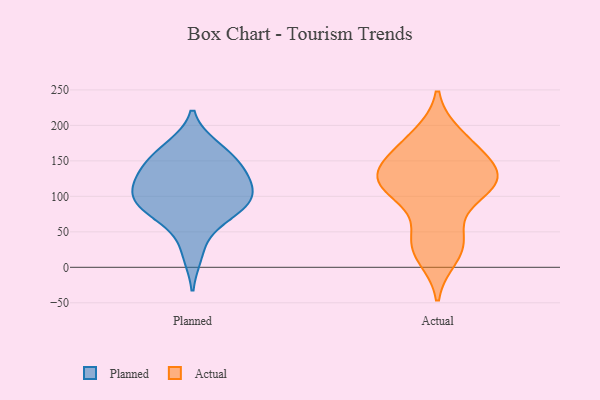
{"axis": {"x": "Temperature (°C)", "y": "Value"}, "legend": ["Actual", "Planned"], "data": [{"x": "", "y": 18, "type": "Planned"}, {"x": "", "y": 60, "type": "Planned"}, {"x": "", "y": 167, "type": "Planned"}, {"x": "", "y": 148, "type": "Planned"}, {"x": "", "y": 95, "type": "Planned"}, {"x": "", "y": 128, "type": "Planned"}, {"x": "", "y": 88, "type": "Planned"}, {"x": "", "y": 101, "type": "Planned"}, {"x": "", "y": 107, "type": "Planned"}, {"x": "", "y": 83, "type": "Planned"}, {"x": "", "y": 120, "type": "Planned"}, {"x": "", "y": 130, "type": "Planned"}, {"x": "", "y": 170, "type": "Planned"}, {"x": "", "y": 82, "type": "Planned"}, {"x": "", "y": 147, "type": "Planned"}, {"x": "", "y": 15, "type": "Actual"}, {"x": "", "y": 114, "type": "Actual"}, {"x": "", "y": 164, "type": "Actual"}, {"x": "", "y": 124, "type": "Actual"}, {"x": "", "y": 186, "type": "Actual"}, {"x": "", "y": 46, "type": "Actual"}, {"x": "", "y": 165, "type": "Actual"}, {"x": "", "y": 104, "type": "Actual"}, {"x": "", "y": 122, "type": "Actual"}, {"x": "", "y": 46, "type": "Actual"}, {"x": "", "y": 153, "type": "Actual"}, {"x": "", "y": 146, "type": "Actual"}, {"x": "", "y": 127, "type": "Actual"}, {"x": "", "y": 186, "type": "Actual"}, {"x": "", "y": 128, "type": "Actual"}, {"x": "", "y": 107, "type": "Actual"}, {"x": "", "y": 28, "type": "Actual"}, {"x": "", "y": 123, "type": "Actual"}, {"x": "", "y": 23, "type": "Actual"}, {"x": "", "y": 112, "type": "Actual"}]}